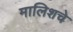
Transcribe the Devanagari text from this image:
मालिशचे